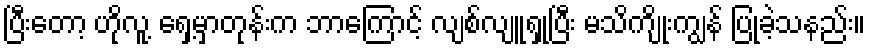
ပြီးတော့ ဟိုလူ့ ရှေ့မှာတုန်းက ဘာကြောင့် လျစ်လျူရှုပြီး မသိကျိုးကျွန် ပြုခဲ့သနည်း။